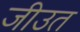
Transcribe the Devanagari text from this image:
जीउत